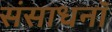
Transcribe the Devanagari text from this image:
संसाधनॉ